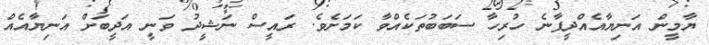
ޔާމީން އަނިޔާއެއްދީފާނެ ހުރިހާ ސަބަބުތަކެއްވާ ކަމަށެވެ. ރައީސް ނަޝީދު ވަނީ އަދީބަށް އަނިޔާއެއް